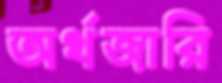
অর্থজারি